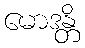
မောဒန္တိ